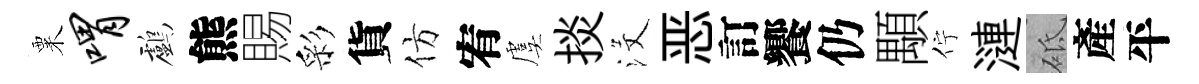
粟喟鸕熊賜彩貨仿宥虞掞沒恶訂饗仍顒佇漣砥產平